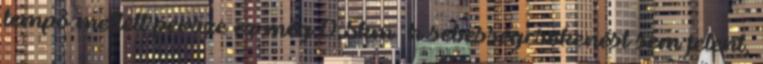
tempó mellett persze ez még 0,5km h sebességcsökenést sem jelent,